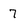
Character: 7